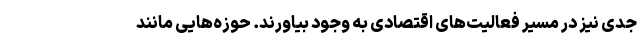
جدی نیز در مسیر فعالیت‌های اقتصادی به وجود بیاورند. حوزه‌هایی مانند